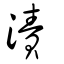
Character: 漬